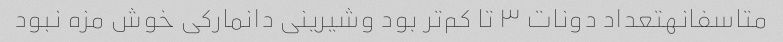
متاسفانهتعداد دونات ۳ تا کم‌تر بود وشیرینی دانمارکی خوش مزه نبود